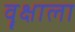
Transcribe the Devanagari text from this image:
वॄक्षाला